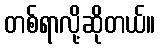
တစ်ရာလို့ဆိုတယ်။